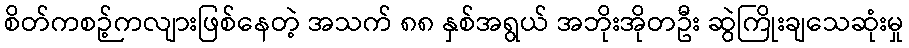
စိတ်ကစဉ့်ကလျားဖြစ်နေတဲ့ အသက် ၈၈ နှစ်အရွယ် အဘိုးအိုတဦး ဆွဲကြိုးချသေဆုံးမှု